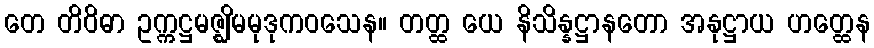
တေ တိဝိဓာ ဥက္ကဋ္ဌမဇ္ဈိမမုဒုကဝသေန။ တတ္ထ ယေ နိသိန္နဋ္ဌာနတော အနုဋ္ဌာယ ဟတ္ထေန